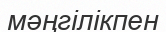
мәңгілікпен